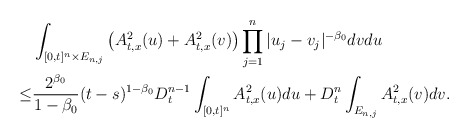
\begin{align*}&\int_{[0,t]^n\times E_{n,j}}\left (A^2_{t,x}(u) +A^2_{t,x}(v)\right)\prod_{j=1}^n|u_j-v_j|^{-\beta_0}dvdu\\\le & \frac{2^{\beta_0}}{1-\beta_0}(t-s)^{1-\beta_0}D_t^{n-1}\int_{[0,t]^n} A^2_{t,x}(u)du+D_t^n \int_{E_{n,j}} A^2_{t,x}(v)dv.\end{align*}